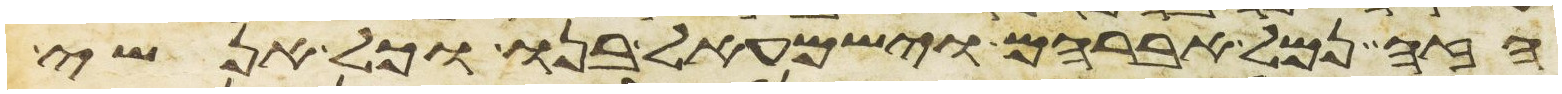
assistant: הזה נמל אברהם וישמעאל בנו וכל אנשי